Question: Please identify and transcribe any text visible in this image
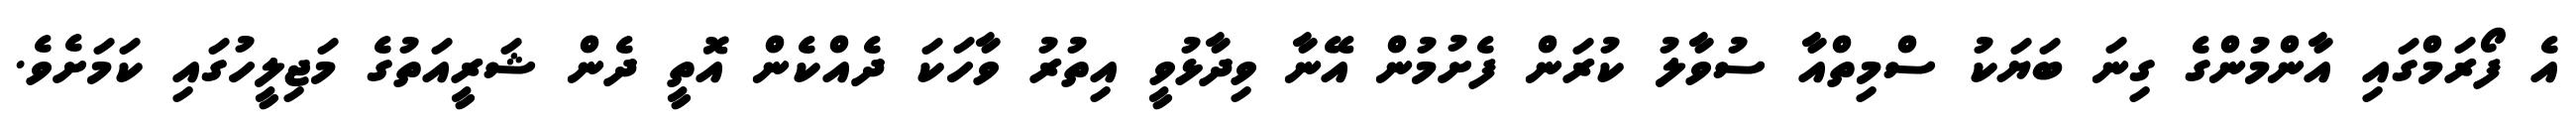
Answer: އެ ފޯރަމްގައި އާންމުންގެ ގިނަ ބަޔަކު ސްމިތްއާ ސުވާލު ކުރަން ފެށުމުން އޭނާ ވިދާޅުވީ އިތުރު ވާހަކަ ދެއްކެން އޮތީ ދެން ޝަރީއަތުގެ މަޖިލީހުގައި ކަމަށެވެ.